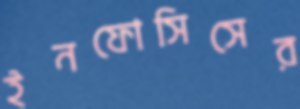
ইনফোসিসের